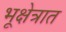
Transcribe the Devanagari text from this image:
भूक्षेत्रात